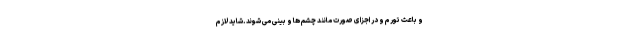
و باعث تورم و در اجزای صورت مانند چشم ها و بینی می شوند.شاید لازم